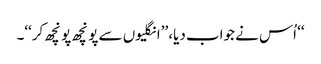
‘‘ اُس نے جواب دیا، ’’انگلیوں سے پونچھ پونچھ کر‘‘۔